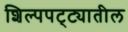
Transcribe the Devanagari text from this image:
शिल्पपट्ट्यातील